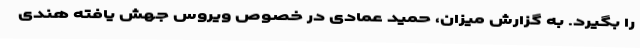
را بگیرد. به گزارش میزان، حمید عمادی در خصوص ویروس جهش یافته هندی